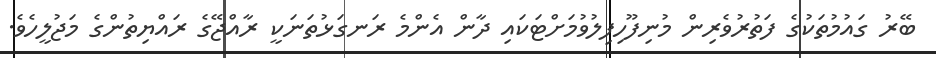
ބޭރު ގައުމުތަކުގެ ފަތުރުވެރިން މުނިފޫހިފިލުވުމަށްޓަކައި ދާން އެންމެ ރަނގަޅުތަނަކީ ރާއްޖޭގެ ރައްޔިތުންގެ މަޖުލީހެވެ.